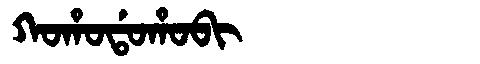
Manchu: ᡴᠣᡥᠣᡩᠣᡥᠣᠪᡳ
Romanization: KOHODOHOBI